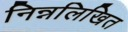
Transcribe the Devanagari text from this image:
निन्नलिखित